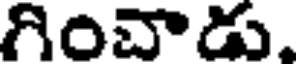
గించాడు.